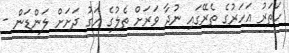
ހަތަރު އަހަރުގެ ތެރޭގައި ނުދާ ވަރަށް ތެލުގެ އަގު ދަށަށް ލަންޑަން -